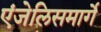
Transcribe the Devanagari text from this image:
एंजेलिसमार्गे